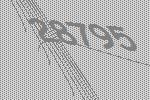
28795